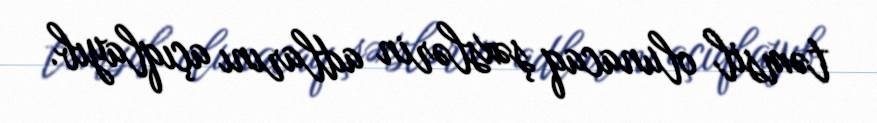
təmsil olunacaq şəxslərin adlarını açıqlayıb.